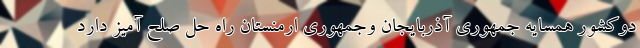
دوکشور همسایه جمهوری آذربایجان وجمهوری ارمنستان راه حلِ صلح آمیز دارد